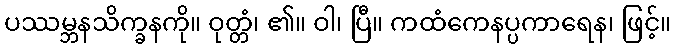
ပဿမ္ဘနသိက္ခနကို။ ဝုတ္တံ၊ ၏။ ဝါ၊ ပြီ။ ကထံကေနပ္ပကာရေန၊ ဖြင့်။